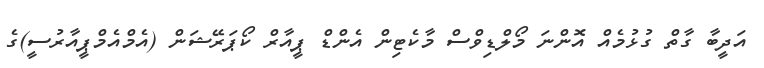
އަދީބާ ގާތް ގުޅުމެއް އޮންނަ މޯލްޑިވްސް މާކެޓިން އެންޑް ޕީއާރް ކޯޕަރޭޝަން (އެމްއެމްޕީއާރުސީ)ގެ